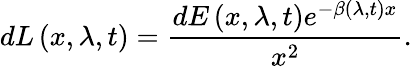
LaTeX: dL\left(x,\lambda,t\right)=\frac{dE\left(x,\lambda,t\right)e^{-\beta\left(\lambda,t\right)x}}{x^{2}}.